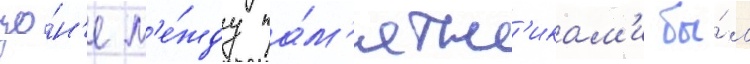
зо́н'е м'е́жду па́м'ятн'икам'и бы́л